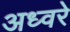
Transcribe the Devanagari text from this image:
अध्वरे